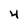
Character: 4